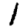
Digit: 1